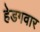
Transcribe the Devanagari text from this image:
हेडगवार